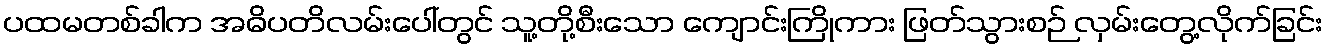
ပထမတစ်ခါက အဓိပတိလမ်းပေါ်တွင် သူ့တို့စီးသော ကျောင်းကြိုကား ဖြတ်သွားစဉ် လှမ်းတွေ့လိုက်ခြင်း